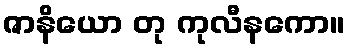
ဇာနိယော တု ကုလီနကော။